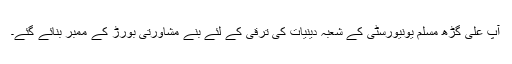
آپ علی گڑھ مسلم یونیورسٹی کے شعبہ دینیات کی ترقی کے لئے بنے مشاورتی بورڑ کے ممبر بنائے گئے۔